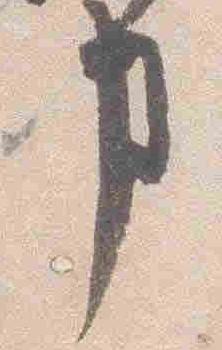
事